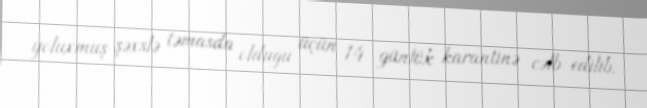
yoluxmuş şəxslə təmasda olduğu üçün 14 günlük karantinə cəlb edilib.